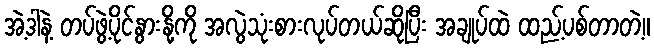
အဲ့ဒါနဲ့ တပ်ဖွဲ့ပိုင်နွားနို့ကို အလွဲသုံးစားလုပ်တယ်ဆိုပြီး အချုပ်ထဲ ထည့်ပစ်တာတဲ့။